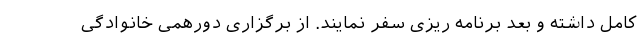
کامل داشته و بعد برنامه ­ریزی سفر نمایند. از برگزاری دورهمی خانوادگی